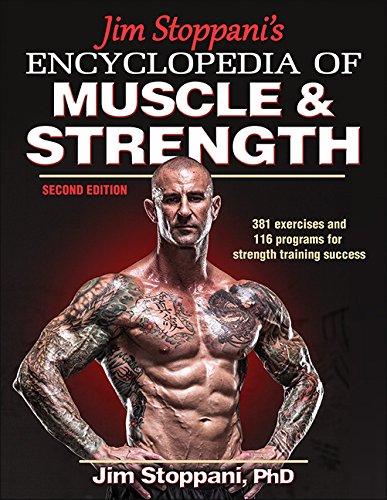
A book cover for Jim Stoppani's Encyclopedia of Muscle & Strength-2nd Edition; Jim Stoppani; Health, Fitness & Dieting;